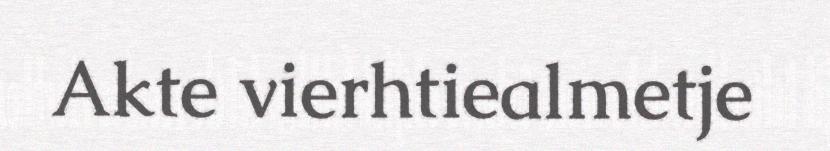
Akte vierhtiealmetje